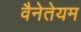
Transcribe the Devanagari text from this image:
वैनेतेयम